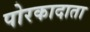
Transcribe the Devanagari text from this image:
पोरकादाता